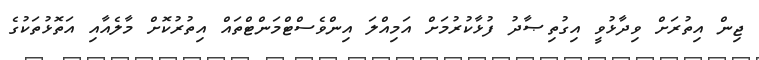
ޖިން އިތުރަށް ވިދާޅުވީ އިގުތިޞާދު ފުޅާކުރުމަށް އަމިއްލަ އިންވެސްޓްމަންޓްތައް އިތުރުކޮށް މާލެއާއި އަތޮޅުތަކުގެ